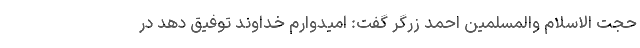
حجت الاسلام والمسلمین احمد زرگر گفت: امیدوارم خداوند توفیق دهد در